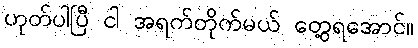
ဟုတ်ပါပြီ ငါ အရက်တိုက်မယ် တွေ့ရအောင်။